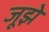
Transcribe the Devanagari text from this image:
जूझे